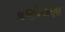
કણોરાણા